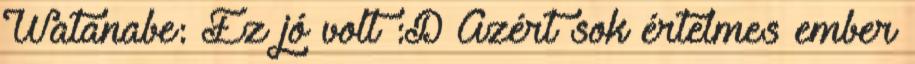
Watanabe: Ez jó volt :D Azért sok értelmes ember